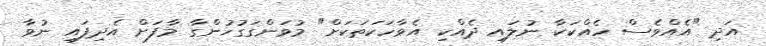
އަދި "އެއްވެސް ހެއްކަކާ ނުލައި ދެއްކި އެވާހަކަތަކަށް" މުވަންގަގުހުންގާ މާފަށް އެދިފައި ނުވާ